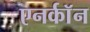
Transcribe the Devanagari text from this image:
एनर्कॉन